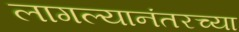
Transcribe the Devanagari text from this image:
लागल्यानंतरच्या